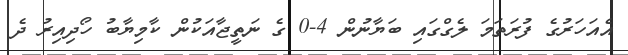
އެއަހަރުގެ ފުރަތަމަ ލެގްގައި ބަޔާނުން 4-0 ގެ ނަތީޖާއަކުން ކާމިޔާބު ހޯދިއިރު ދެ